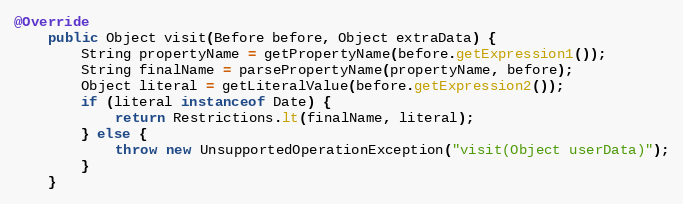
Language: Java
@Override
	public Object visit(Before before, Object extraData) {
		String propertyName = getPropertyName(before.getExpression1());
		String finalName = parsePropertyName(propertyName, before);
		Object literal = getLiteralValue(before.getExpression2());
		if (literal instanceof Date) {
			return Restrictions.lt(finalName, literal);
		} else {
			throw new UnsupportedOperationException("visit(Object userData)");
		}
	}